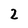
Character: 2